Report of the Indian Hemp Drugs Commission, 1894-1895 - Volume VII
Year: 1894
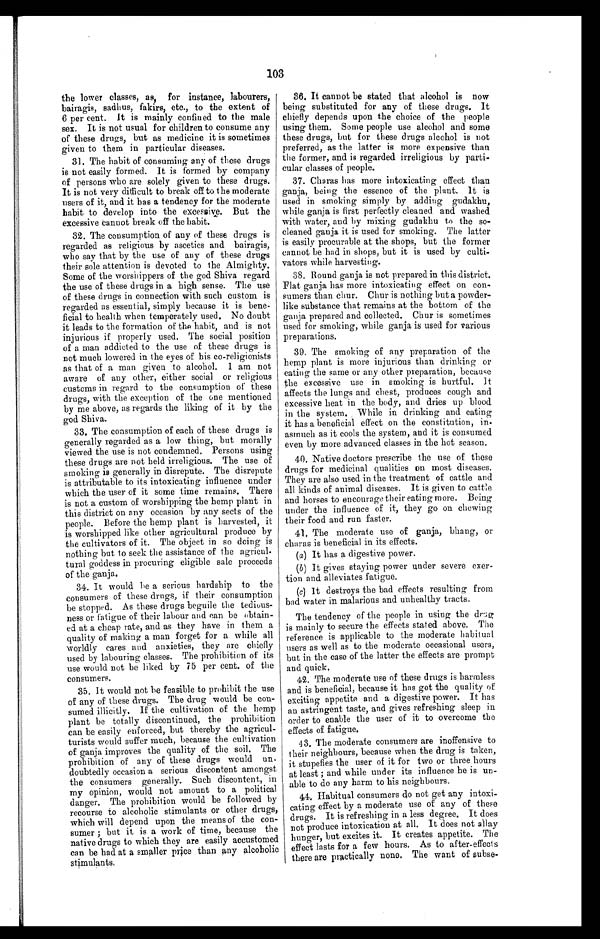
103
the lower classes, as, for instance, labourers,
bairagis, sadhus, fakirs, etc., to the extent of
6 per cent. It is mainly confined to the male
sex. It is not usual for children to consume any
of these drugs, but as medicine it is sometimes
given to them in particular diseases.
31. The habit of consuming any of these drugs
is not easily formed. It is formed by company
of persons who are solely given to these drugs.
It is not very difficult to break off to the moderate
users of it, and it has a tendency for the moderate
habit to develop into the excessive. But the
excessive cannot break off the habit.
32. The consumption of any of these drugs is
regarded as religious by ascetics and bairagis,
who say that by the use of any of these drugs
their sole attention is devoted to the Almighty.
Some of the worshippers of the god Shiva regard
the use of these drugs in a high sense. The use
of these drugs in connection with such custom is
regarded as essential, simply because it is bene
- f i c i a l t o h e a l t h w h e n t e m p e r a t e l y u s e d . N o d o u b t
it leads to the formation of the habit, and is not
injurious if properly used. The social position
of a man addicted to the use of these drugs is
not much lowered in the eyes of his co-religionists
as that of a man given to alcohol. I am not
aware of any other, either social or religious
customs in regard to the consumption of these
drugs, with the exception of the one mentioned
by me above, as regards the liking of it by the
god Shiva.
33. The consumption of each of these drugs is
generally regarded as a low thing, but morally
viewed the use is not condemned. Persons using
these drugs are not held irreligious. The use of
smoking is generally in disrepute. The disrepute
is attributable to its intoxicating influence under
which the user of it some time remains. There
is not a custom of worshipping the hemp plant in
this district on any occasion by any sects of the
people. Before the hemp plant is harvested, it
is worshipped like other agricultural produce by
the cultivators of it. The object in so doing is
nothing but to seek the assistance of the agricul
-tural goddess in procuring eligible sale proceeds
of the ganja.
34. It would be a serious hardship to the
consumers of these drugs, if their consumption
be stopped. As these drugs beguile the tedious
- n e s s o r
f a t i g u e
of their labour and can be obtain
- e d a t a c h e a p r a t e , a n d a s t h e y h a v e i n t h e m a
quality of making a man forget for a while all
worldly cares and anxieties, they are chiefly
used by labouring classes. The prohibition of its
use would not be liked by 75 per cent. of the
consumers.
35. It would not be feasible to prohibit the use
of any of these drugs. The drug would be con
- s u m e d i l l i c i t l y . I f t h e c u l t i v a t i o n o f t h e h e m p
plant be totally discontinued, the prohibition
can be easily enforced, but thereby the agricul
- t u r i s t s w o u l d
s u f f e r m u c h , b e c a u s e t h e c u l t i v a t i o n
of ganja improves the quality of the soil. The
prohibition of any of these drugs would un
- d o u b t e d l y o c c a s i o n a s e r i o u s d i s c o n t e n t a m o n g s t
the consumers generally. Such discontent, in
my opinion, would not amount to a political
danger. The prohibition would be followed by
recourse to alcoholic stimulants or other drugs,
which will depend upon the means of the con
- s u m e r ; b u t i t i s a w o r k o f t i m e , b e c a u s e t h e
native drugs to which they are easily accustomed
can be had at a smaller price than any
a l c o h o l i c s t i m u l a n t s .
36. It cannot be stated that alcohol is now
being substituted for any of these drugs. It
chiefly depends upon the choice of the people
using them. Some people use alcohol and some
these drugs, but for these drugs alcohol is not
preferred, as the latter is more expensive than
the former, and is regarded irreligious by parti
- c u l a r c l a s s e s o f p e o p l e .
37. Charas has more intoxicating effect than
ganja, being the essence of the plant. It is
used in smoking simply by adding gudakhu,
while ganja is first perfectly cleaned and washed
with water, and by mixing gudakhu to the so
- c l e a n e d g a n j a i t i s u s e d f o r s m o k i n g . T h e l a t t e r
is easily procurable at the shops, but the former
cannot be had in shops, but it is used by culti
- v a t o r s w h i l e h a r v e s t i n g .
38. Round ganja is not prepared in this district.
Flat ganja has more intoxicating effect on con
-sumers than chur. Chur is nothing but a powder
- l i k e s u b s t a n c e t h a t r e m a i n s a t t h e b o t t o m o f t h e
ganja prepared and collected. Chur is sometimes
used for smoking, while ganja is used for various
preparations.
39. The smoking of any preparation of the
hemp plant is more injurious than drinking or
eating the same or any other preparation, because
the excessive use in smoking is hurtful. It
affects the lungs and chest, produces cough and
excessive heat in the body, and dries up blood
in the system. While in drinking and eating
it has a beneficial effect on the constitution, in
- a s m u c h a s i t c o o l s t h e s y s t e m , a n d i t i s c o n s u m e d
even by more advanced classes in the hot season.
40. Native doctors prescribe the use of these
drugs for medicinal qualities on most diseases.
They are also used in the treatment of cattle and
all kinds of animal diseases. It is given to cattle
and horses to encourage their eating more. Being
under the influence of it, they go on chewing
their food and run faster.
41. The moderate use of ganja, bhang, or
charas is beneficial in its effects.
(a) It has a di gest i ve power.
(b) It gives staying power under severe exer
-tion and alleviates fatigue.
(c) It destroys the bad effects resulting from
bad water in malarious and unhealthy tracts.
The tendency of the people in using the drug
is mainly to secure the effects stated above. The
reference is applicable to the moderate habitual
users as well as to the moderate occasional users,
but in the case of the latter the effects are prompt
and quick.
42. The moderate use of these drugs is harmless
and is beneficial, because it has got the quality of
exciting appetite and a digestive power. It has
an astringent taste, and gives refreshing sleep in
order to enable the user of it to overcome the
effects of fatigue.
43. The moderate consumers are inoffensive to
their neighbours, because when the drug is taken,
it stupefies the user of it for two or three hours
at least; and while under its influence he is un
- a b l e t o d o a n y h a r m t o h i s n e i g h b o u r s .
44. Habitual consumers do not get any intoxi
- c a t i n g e f f e c t b y a m o d e r a t e u s e o f a n y o f t h e s e
drugs. It is refreshing in a less degree. It does
not produce intoxication at all. It does not allay
hunger, but excites it. It creates appetite. The
effect lasts for a few hours. As to after-effects
there are practically none. The want of subse-